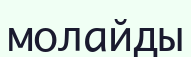
молайды